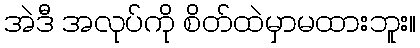
အဲဒီ အလုပ်ကို စိတ်ထဲမှာမထားဘူး။